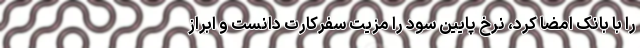
را با بانک امضا کرد، نرخ پایین سود را مزیت سفرکارت دانست و ابراز